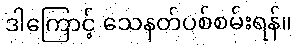
ဒါကြောင့် သေနတ်ပစ်စမ်းရန်။